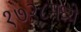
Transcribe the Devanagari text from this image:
१७२८मध्ये